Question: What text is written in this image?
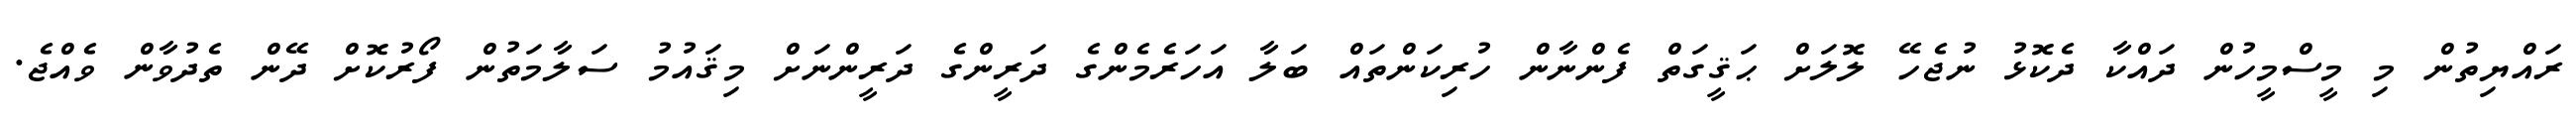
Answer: ރައްޔިތުން މި މީސްމީހުން ދައްކާ ދެކޮޅު ނުޖެހޭ ލޮލަށް ޙަޤީގަތް ފެންނާން ހުރިކަންތައް ބަލާ އަހަރެމެންގެ ދަރީންގެ ދަރީންނަށް މިޤައުމު ސަލާމަތުން ފޯރުކޮށް ދޭން ތެދުވާން ވެއްޖެ.